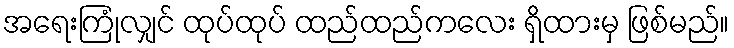
အရေးကြုံလျှင် ထုပ်ထုပ် ထည်ထည်ကလေး ရှိထားမှ ဖြစ်မည်။